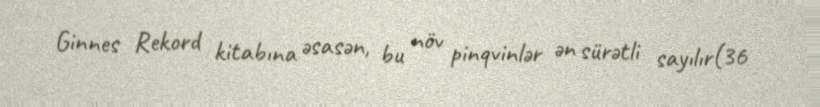
Ginnes Rekord kitabına əsasən, bu növ pinqvinlər ən sürətli sayılır(36